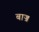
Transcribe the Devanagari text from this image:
बाज्र